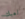
لعبك